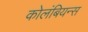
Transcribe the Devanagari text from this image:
कोलंबियन्स